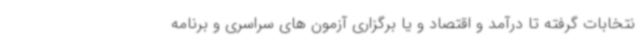
نتخابات گرفته تا درآمد و اقتصاد و یا برگزاری آزمون های سراسری و برنامه